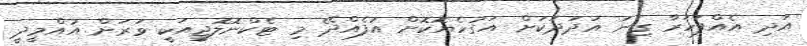
އަދި އެއްފަހަރާ ގިނަ އަދަދަކަށް އަގުހެޔޮކޮށް އުފެއްދޭ މި ޓެކްނޮލޮޖީއަކީ ވަރަށް އުއްމީދީ